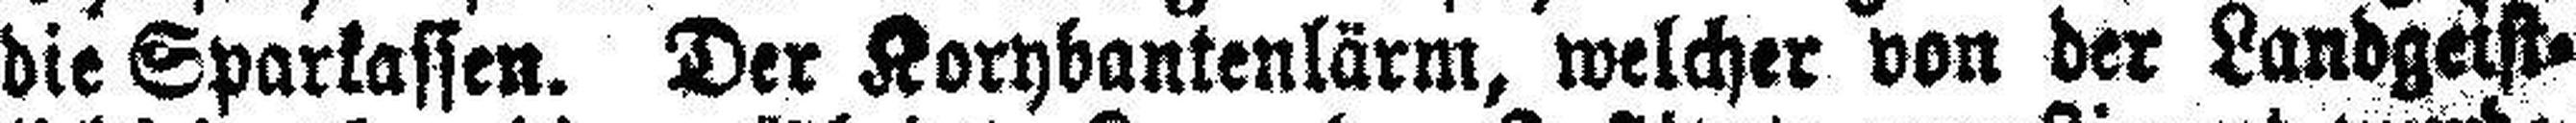
die Sparkassen. Der Korybantenlärm, welcher von der Landgeist¬